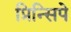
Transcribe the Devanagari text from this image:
प्रिन्सिपे